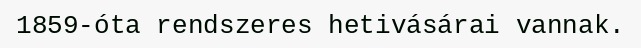
1859-óta rendszeres hetivásárai vannak.